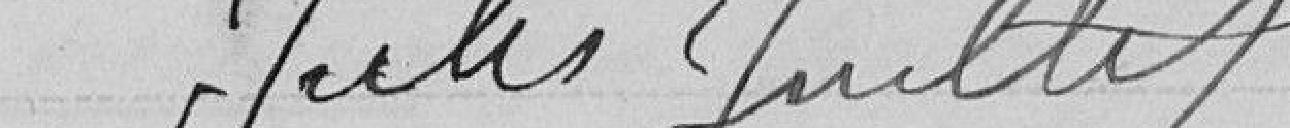
Jules Juillet